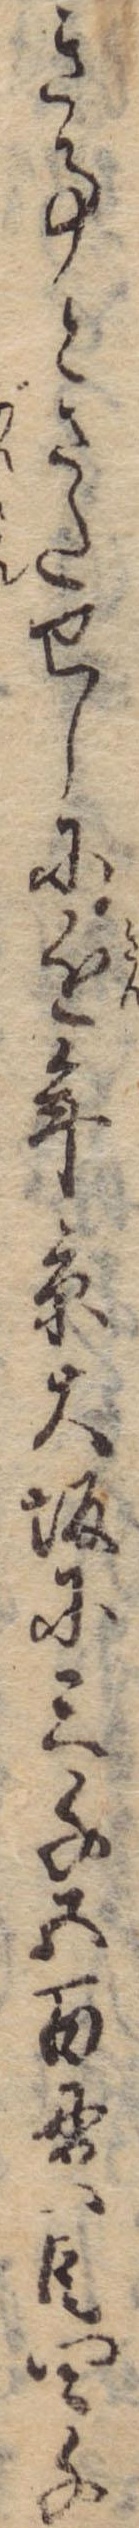
き事とさたせしに近年京大坂に三千五百貫目四千